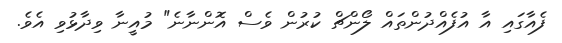
ފެއާގައި އާ އުފެއްދުންތައް ލޯންޗް ކުރުން ވެސް އޮންނާނެ" މުއީނާ ވިދާޅުވި އެވެ.